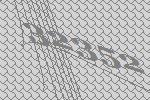
32352